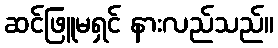
ဆင်ဖြူမရှင် နားလည်သည်။